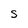
Character: S